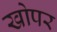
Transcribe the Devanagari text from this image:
खोपर